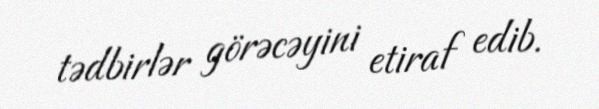
tədbirlər görəcəyini etiraf edib.